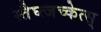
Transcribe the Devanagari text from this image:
स्तैघ्त्जच्केत्स्